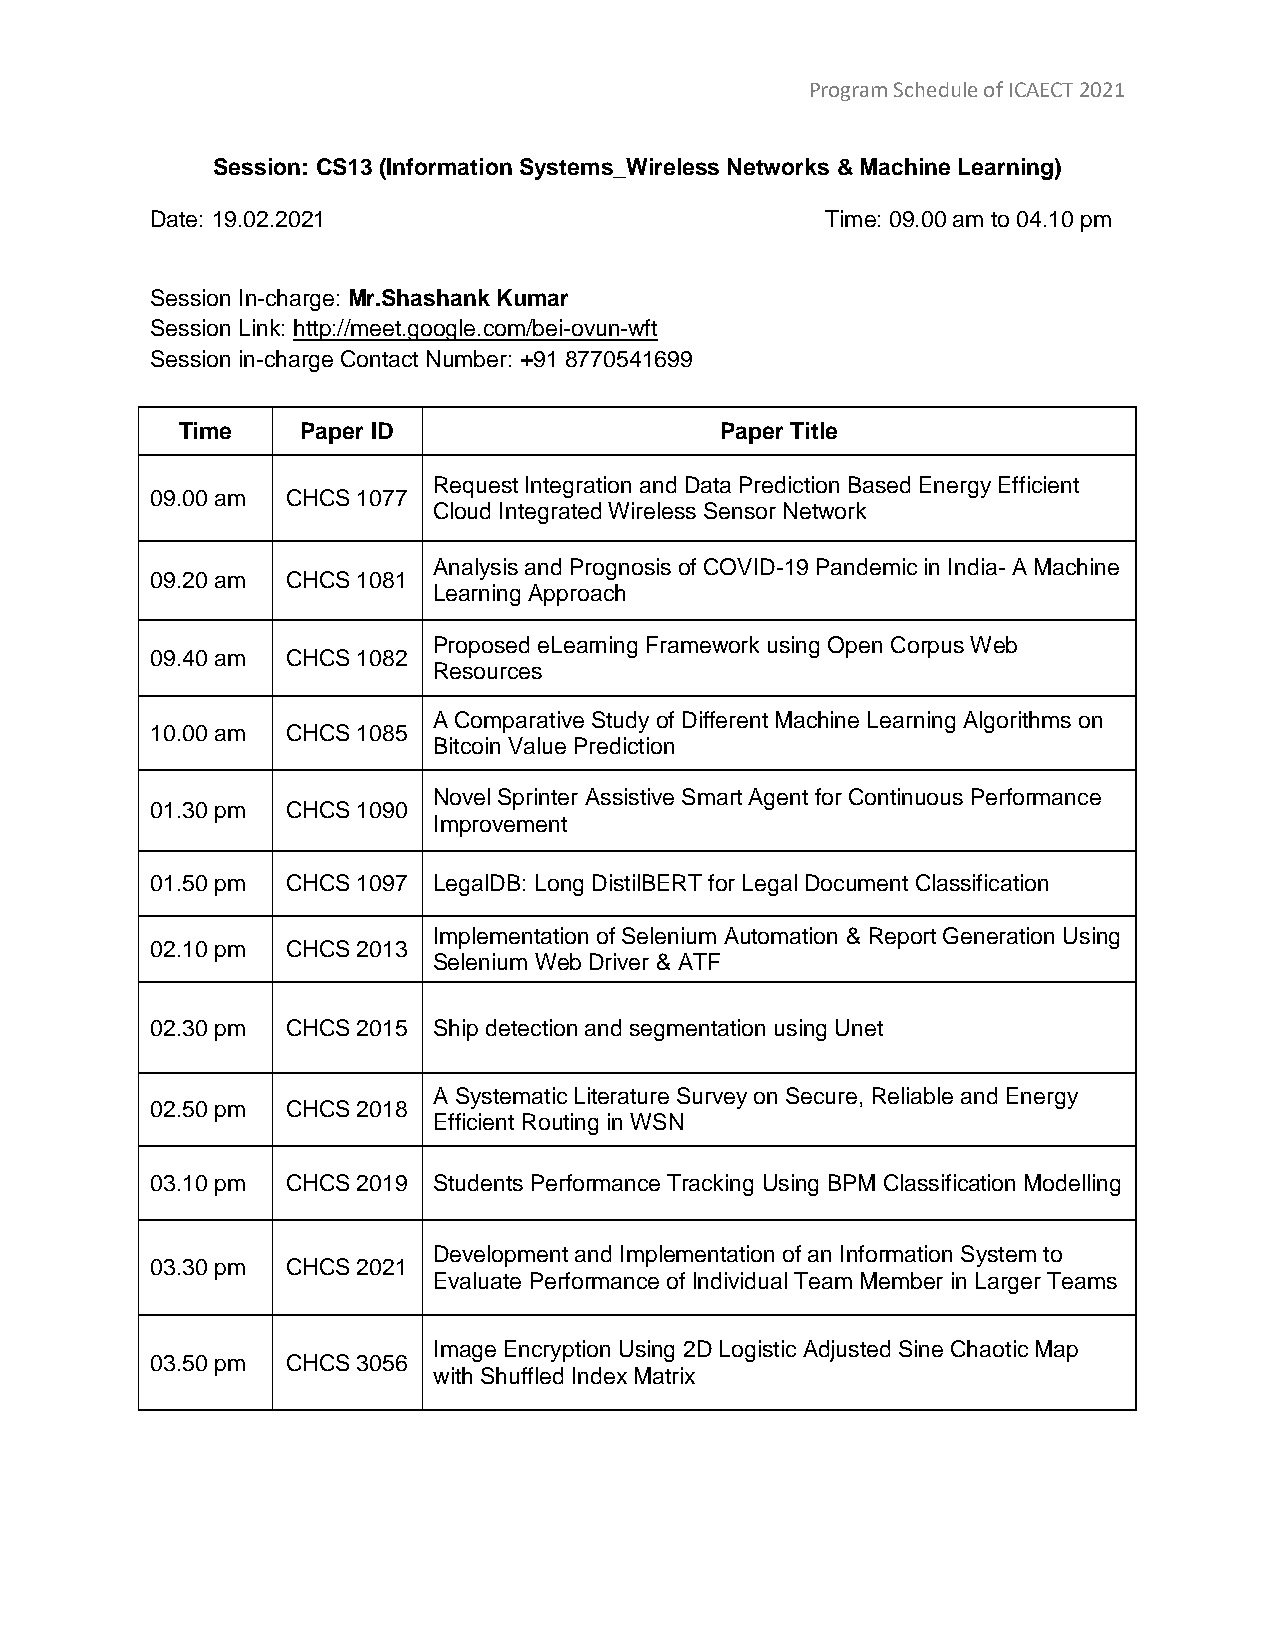
Program Schedule of ICAECT 2021
 Session: CS13 (Information Systems_Wireless Networks & Machine Learning)
 Date: 19.02.2021                             Time: 09.00 am to 04.10 pm
 Session In-charge: Mr.Shashank Kumar
 Session Link: http://meet.google.com/bei-ovun-wft
 Session in-charge Contact Number: +91 8770541699
 Time    Paper ID                    Paper Title
 Request Integration and Data Prediction Based Energy Efficient
 09.00 am CHCS 1077
 Cloud Integrated Wireless Sensor Network
 Analysis and Prognosis of COVID-19 Pandemic in India- A Machine
 09.20 am CHCS 1081
 Learning Approach
 Proposed eLearning Framework using Open Corpus Web
 09.40 am CHCS 1082
 Resources
 A Comparative Study of Different Machine Learning Algorithms on
 10.00 am CHCS 1085
 Bitcoin Value Prediction
 Novel Sprinter Assistive Smart Agent for Continuous Performance
 01.30 pm CHCS 1090
 Improvement
 01.50 pm CHCS 1097 LegalDB: Long DistilBERT for Legal Document Classification
 Implementation of Selenium Automation & Report Generation Using
 02.10 pm CHCS 2013
 Selenium Web Driver & ATF
 02.30 pm CHCS 2015 Ship detection and segmentation using Unet
 A Systematic Literature Survey on Secure, Reliable and Energy
 02.50 pm CHCS 2018
 Efficient Routing in WSN
 03.10 pm CHCS 2019 Students Performance Tracking Using BPM Classification Modelling
 Development and Implementation of an Information System to
 03.30 pm CHCS 2021
 Evaluate Performance of Individual Team Member in Larger Teams
 Image Encryption Using 2D Logistic Adjusted Sine Chaotic Map
 03.50 pm CHCS 3056
 with Shuffled Index Matrix